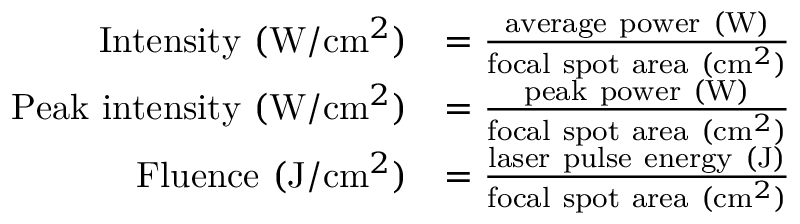
{ \begin{array} { r l } { { \mathrm { I n t e n s i t y ~ } } ( \mathrm { W } / \mathrm { c m } ^ { 2 } ) } & { = { \frac { { \mathrm { a v e r a g e ~ p o w e r ~ } } ( \mathrm { W } ) } { { \mathrm { f o c a l ~ s p o t ~ a r e a ~ } } ( \mathrm { c m } ^ { 2 } ) } } } \\ { { \mathrm { P e a k ~ i n t e n s i t y ~ } } ( \mathrm { W } / \mathrm { c m } ^ { 2 } ) } & { = { \frac { { \mathrm { p e a k ~ p o w e r ~ } } ( \mathrm { W } ) } { { \mathrm { f o c a l ~ s p o t ~ a r e a ~ } } ( \mathrm { c m } ^ { 2 } ) } } } \\ { { \mathrm { F l u e n c e ~ } } ( \mathrm { J } / \mathrm { c m } ^ { 2 } ) } & { = { \frac { { \mathrm { l a s e r ~ p u l s e ~ e n e r g y ~ } } ( \mathrm { J } ) } { { \mathrm { f o c a l ~ s p o t ~ a r e a ~ } } ( \mathrm { c m } ^ { 2 } ) } } } \end{array} }